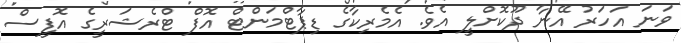
ވަނަ އަހަރު އޭނާ ދޫކޮށްލީ އެވެ. އެމެރިކާގެ ޑިޕާޓްމަންޓް އޮފް ޓްރެޝަރީގެ އޮފީސް